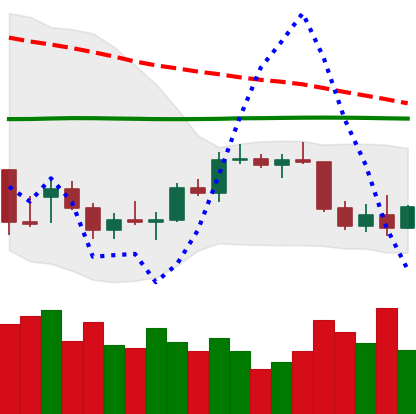
Ticker: BTC-USD
Chart end date: 2022-01-01
Forward return: -9.491%
Label: down_7plus